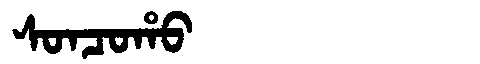
Manchu: ᠰᠣᠨᠴᠣᡥᠣ
Romanization: SONCOHO